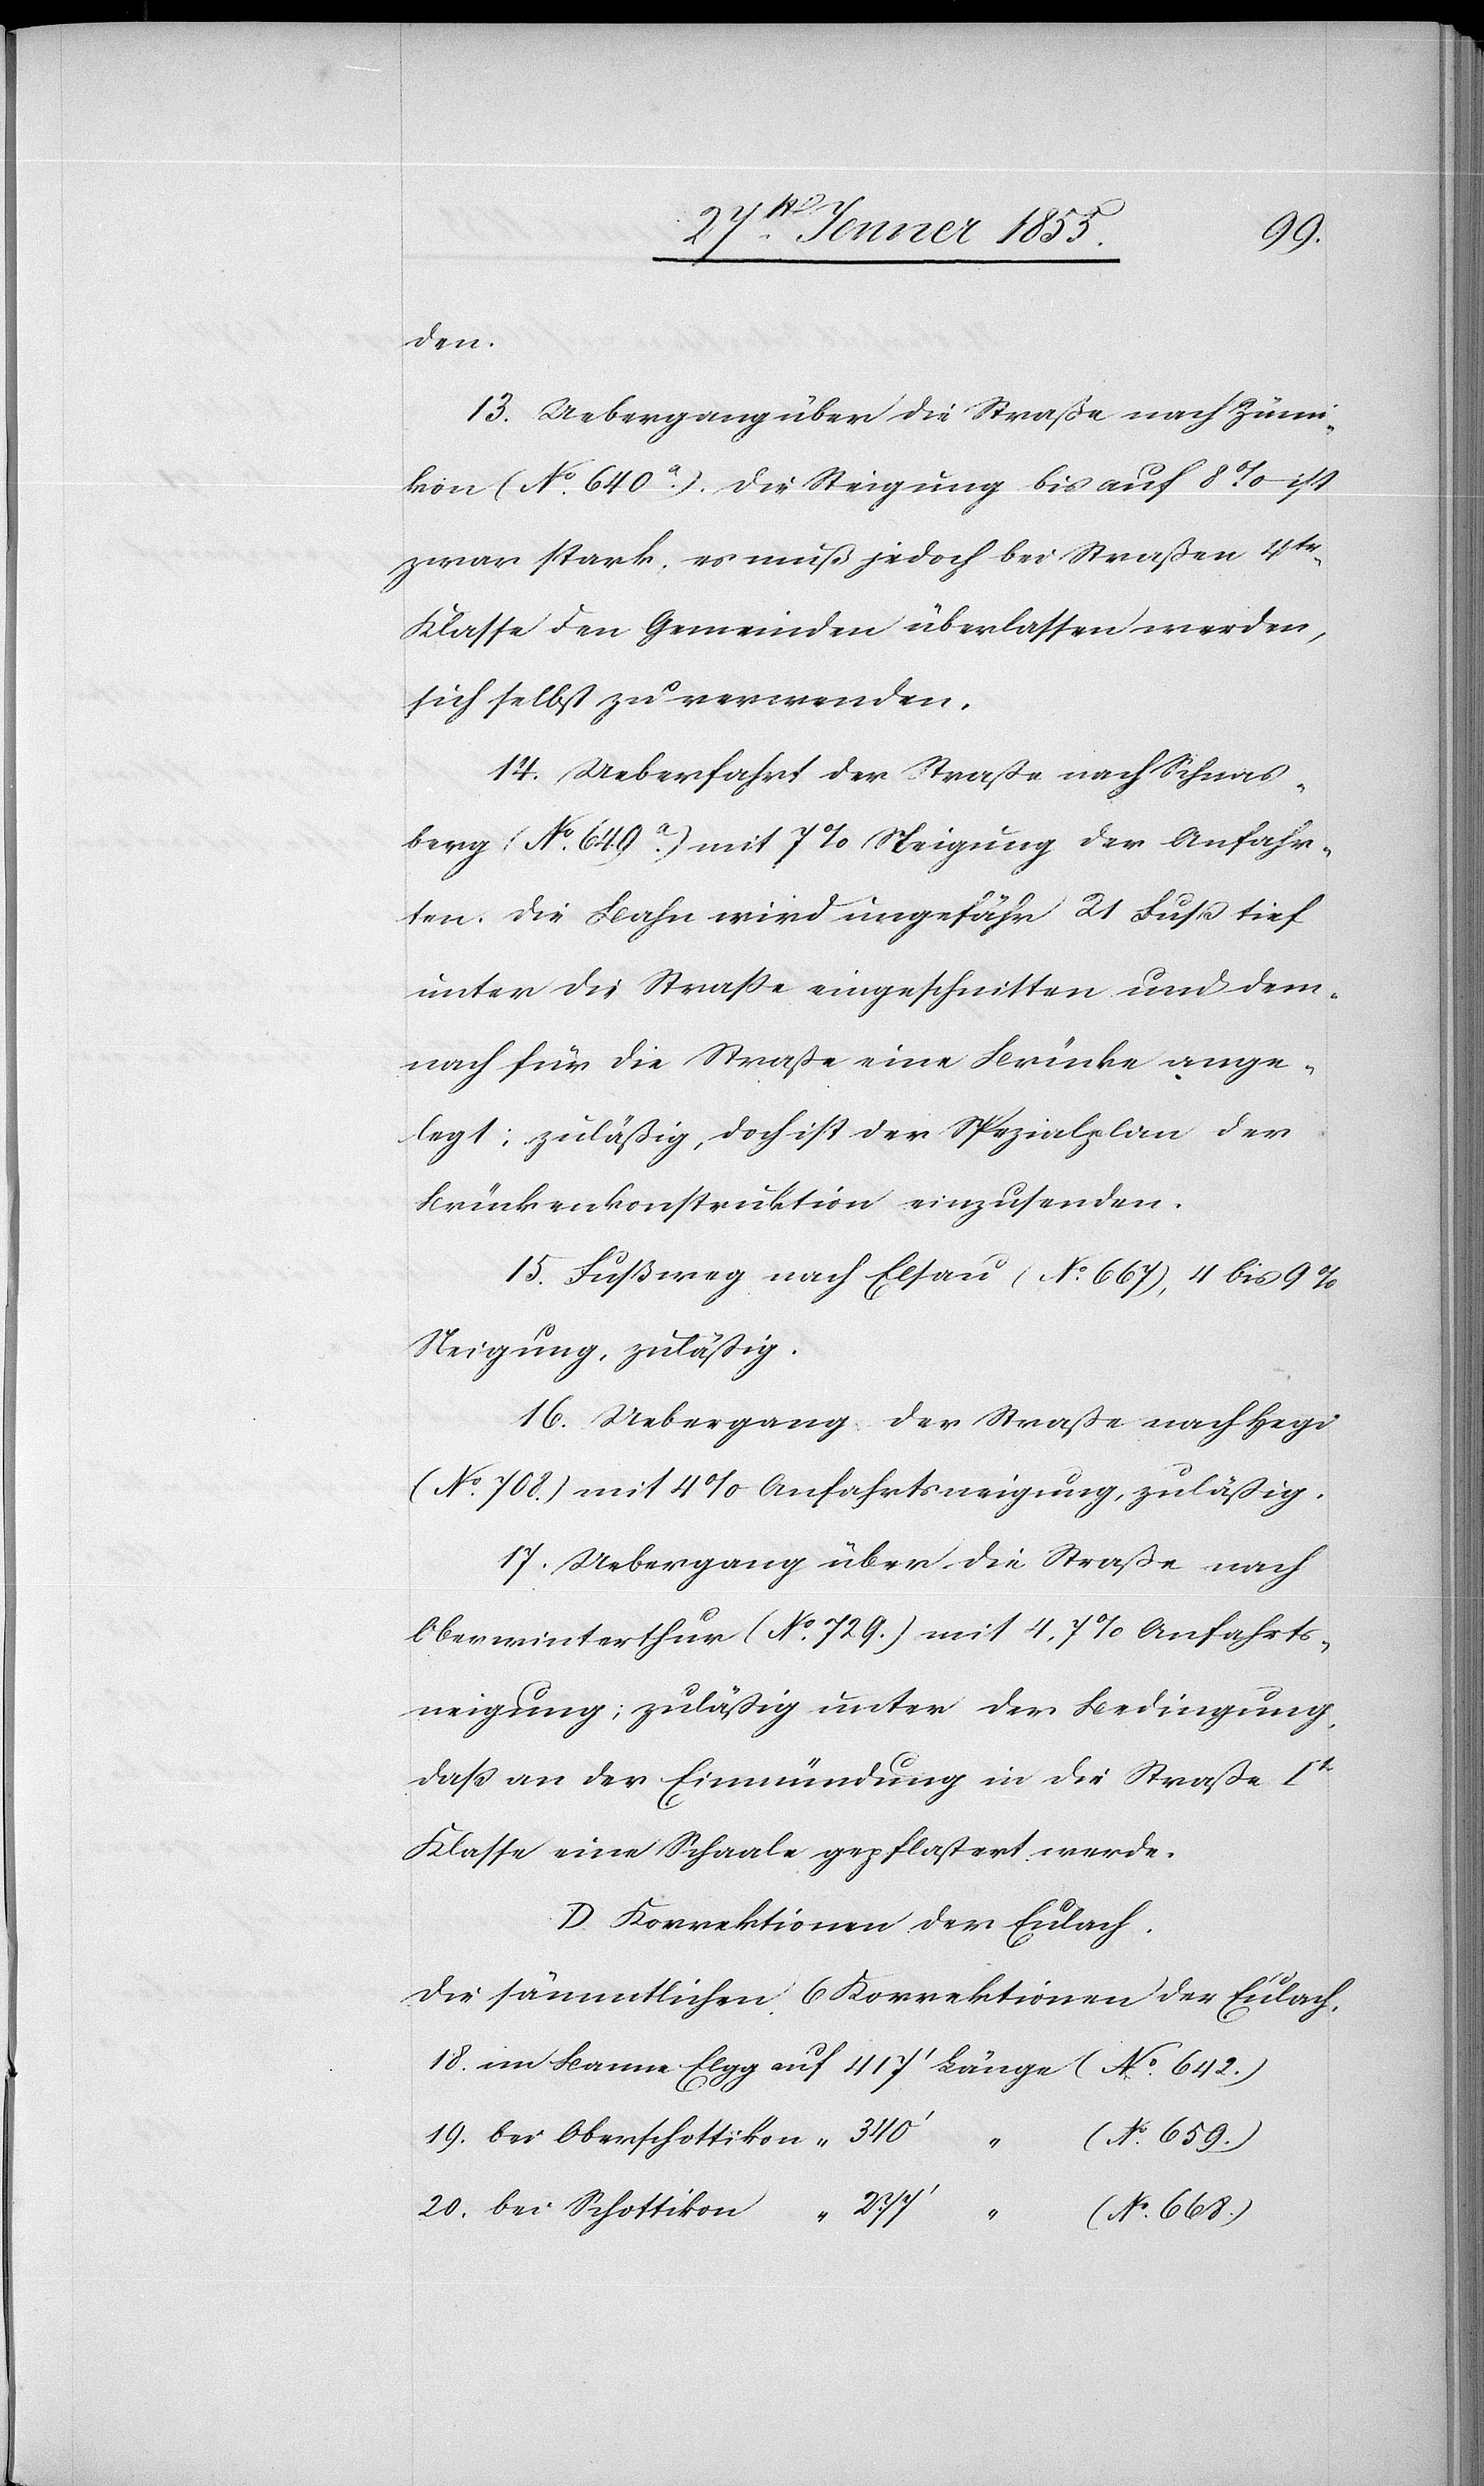
den.
13. Uebergang über die Straße nach Zumi¬
kon (No. 640.a). Die Steigung bis auf 8% – ist
zwar stark, es muß jedoch bei Straßen 4tr.
Klasse den Gemeinden überlassen werden,
sich selbst zu verwenden.
14. Ueberfahrt der Straße nach Schnas¬
berg (No. 649.a) mit 7% Steigung der Anfahr¬
ten. Die Bahn wird ungefähr 21 Fuß tief
unter die Straße eingeschnitten und dem¬
nach für die Straße eine Brücke ange¬
legt; zuläßig, doch ist der Spezialplan der
Brückenkonstruktion einzusenden.
15. Fußweg nach Elsau (No. 667), 4 bis 9%
Steigung, zuläßig.
16. Uebergang der Straße nach Hegi
(No. 708.) mit 4% Anfahrtsneigung, zuläßig.
17. Uebergang über die Straße nach
Oberwinterthur (No. 729.) mit 4,7% Anfahrts¬
neigung; zuläßig unter der Bedingung,
daß an der Einmündung in die Straße Itr
Klasse eine Schaale gepflastert werde.
D. Korrektionen der Eulach.
Die sämmtlichen 6 Korrektionen der Eulach.
18. im Banne Elgg auf 417‘ Länge (No. 642.)
19. bei Oberschottikon [auf] 340‘
(No. 659.)
20. bei Schottikon [auf]
(No. 668.)